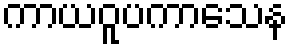
ကာယဝူပကာသေန